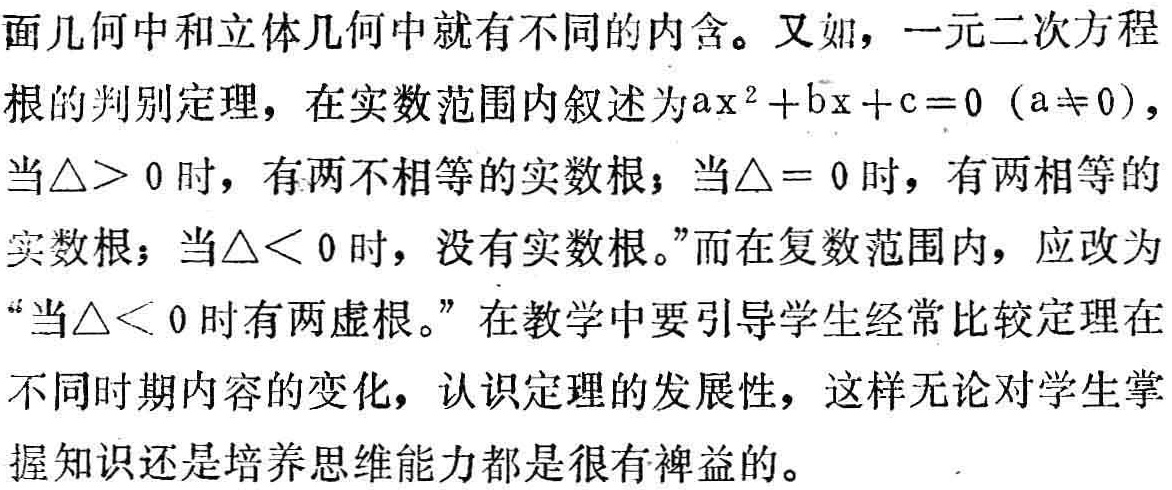
面几何中和立体几何中就有不同的内含。又如，一元二次方程
根的判别定理，在实数范围内叙述为\(ax^{2}+bx + c = 0\ (a\neq0)\)，
当\(\triangle> 0\)时，有两不相等的实数根；当\(\triangle = 0\)时，有两相等的
实数根；当\(\triangle< 0\)时，没有实数根。”而在复数范围内，应改为
“当\(\triangle< 0\)时有两虚根。”在教学中要引导学生经常比较定理在
不同时期内容的变化，认识定理的发展性，这样无论对学生掌
握知识还是培养思维能力都是很有裨益的。